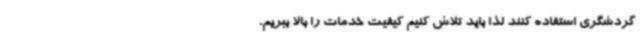
گردشگری استفاده کنند لذا باید تلاش کنیم کیفیت خدمات را بالا ببریم.